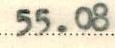
55.08